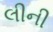
લીની